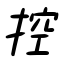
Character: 控